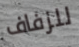
للزفاف